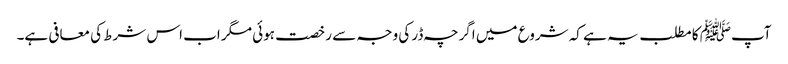
آپﷺ کا مطلب یہ ہے کہ شروع میں اگرچہ ڈر کی وجہ سے رخصت ہوئی مگر اب اس شرط کی معافی ہے۔